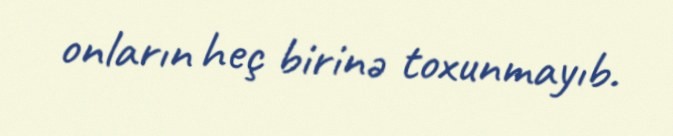
onların heç birinə toxunmayıb.